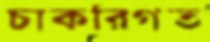
চাকরিগত